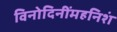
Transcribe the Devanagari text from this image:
विनोदिनींमहनिशं